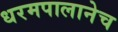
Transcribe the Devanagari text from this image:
धरमपालानेच